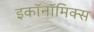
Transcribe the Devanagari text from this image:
इकॉनॉमिक्‍स